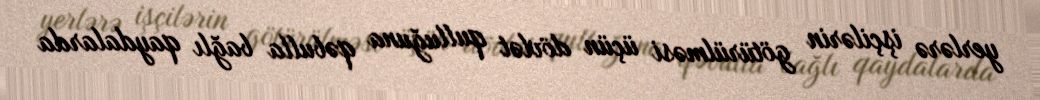
yerlərə işçilərin götürülməsi üçün dövlət qulluğuna qəbulla bağlı qaydalarda